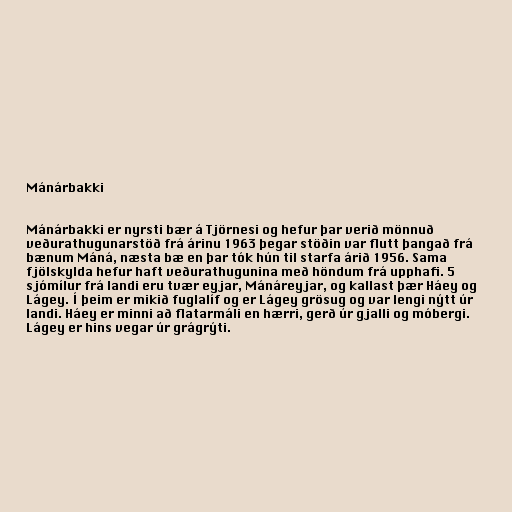
Mánárbakki

Mánárbakki er nyrsti bær á Tjörnesi og hefur þar verið mönnuð
veðurathugunarstöð frá árinu 1963 þegar stöðin var flutt þangað frá
bænum Máná, næsta bæ en þar tók hún til starfa árið 1956. Sama
fjölskylda hefur haft veðurathugunina með höndum frá upphafi. 5
sjómílur frá landi eru tvær eyjar, Mánáreyjar, og kallast þær Háey og
Lágey. Í þeim er mikið fuglalíf og er Lágey grösug og var lengi nýtt úr
landi. Háey er minni að flatarmáli en hærri, gerð úr gjalli og móbergi.
Lágey er hins vegar úr grágrýti.